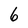
Character: 6